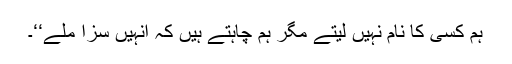
ہم کسی کا نام نہیں لیتے مگر ہم چاہتے ہیں کہ انہیں سزا ملے‘‘۔